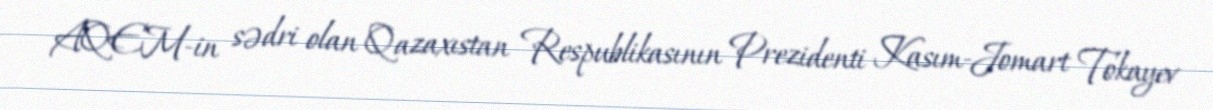
AQEM-in sədri olan Qazaxıstan Respublikasının Prezidenti Kasım-Jomart Tokayev